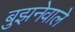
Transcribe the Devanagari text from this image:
बुझनेवाले